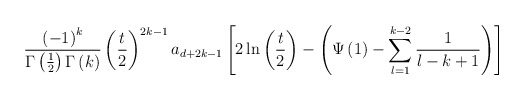
\begin{align*}\frac{\left( -1\right) ^k}{\Gamma \left( \frac 12\right)\Gamma\left( k\right) }\left( \frac t2\right) ^{2k-1}a_{d+2k-1}\left[ 2\ln\left(\frac t2\right) -\left( \Psi \left( 1\right)-\sum\limits_{l=1}^{k-2}\frac1{l-k+1}\right) \right]\end{align*}